Sanitation, dispensaries and jails vaccination Rajputana 1922-1927 - 1922-1927
Year: 1922
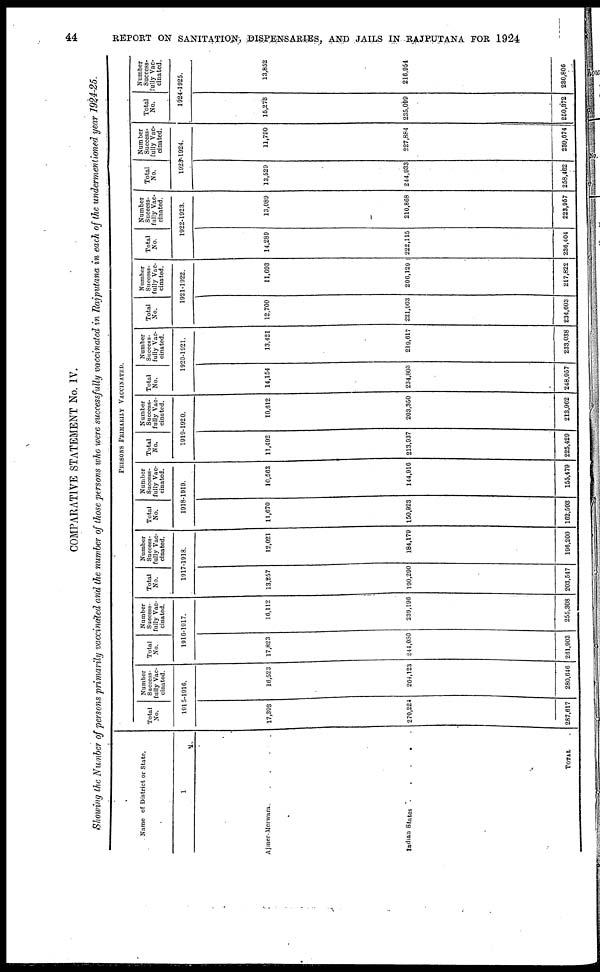
44
REPORT ON SANITATION, DISPENSARIES, AND JAILS IN RAJPUTANA FOR 1924
COMPARATIVE STATEMENT No. IV.
Showing the Number of persons primarily vaccinated and the number of those persons who were successfully vaccinated in Rajputana in each of the undermentioned year 1924-25.
Name of District or State.
1
Ajmer-Merwara.
.
.
.
.
Indian States . . .
.
.
.
TOTAL .
PERSONS PRIMARILY VACCINATED.
Total
No.
Number
Success-
fully Vac-
cinated.
1915-1916.
17,393
270,224
287,617
16,523
204,123
280,646
Total
No.
Number
Success-
fully Vac¬
cinated.
1916-1917.
17,823
244,080
261,903
16,112
239,196
255,308
Total
No.
Number
Success-
fully Vac-
cinated.
1917-1918.
13,257
190,290
203,547
12,021
184,179
196,200
Total
No.
Number
Success-
fully Vac-
cinated.
1918-1919.
11,670
150,923
162,593
10,563
144,916
156,479
Total
No.
Number
Success-
fully Vac-
cinated.
1919-1920.
11,492
213,937
225,429
10,612
203,350
213,962
Total
No.
Number
Success-
fully Vac-
cinated.
1920-1921.
14,154
234,803
248,957
13,421
219,617
233,038
Total
No.
Number
Success-
fully Vac-
cinated.
1921-1922.
12,700
221,903
234,603
11,693
206,129
217,822
Total
No.
Number
Success-
fully Vac-
cinated.
1922-1923.
14,289
222,115
236,404
13,089
210,868
223,957
Total
No.
Number
Success-
fully Vac-
cinated.
1923-1924.
13,529
244,933
258,462
11,790
227,884
239,674
Total
No.
Number
Success-
fully Vac-
cinated.
1924-1925.
15,273
235,099
250,372
13,852
216,954
230,806